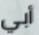
أبي